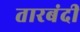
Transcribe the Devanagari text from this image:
तारबंदी